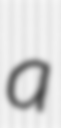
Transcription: a